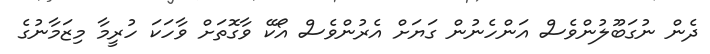
ދެން ނުގަބޫލުންވެސް އަންހެނުން ގަޔަށް އެރުންވެސް އޯކޭ ވާގޮތަށް ވާހަކަ ހުރީމާ މިޒަމާނުގެ